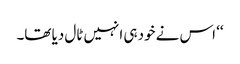
‘‘ اس نے خود ہی انہیں ٹال دیا تھا۔